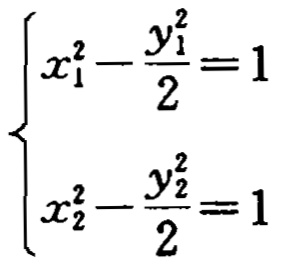
\[

\begin{cases}

x_{1}^{2}-\frac{y_{1}^{2}}{2}=1 \\

x_{2}^{2}-\frac{y_{2}^{2}}{2}=1

\end{cases}

\]